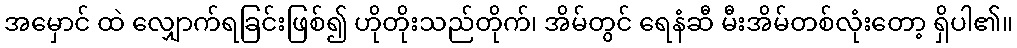
အမှောင် ထဲ လျှောက်ရခြင်းဖြစ်၍ ဟိုတိုးသည်တိုက်၊ အိမ်တွင် ရေနံဆီ မီးအိမ်တစ်လုံးတော့ ရှိပါ၏။